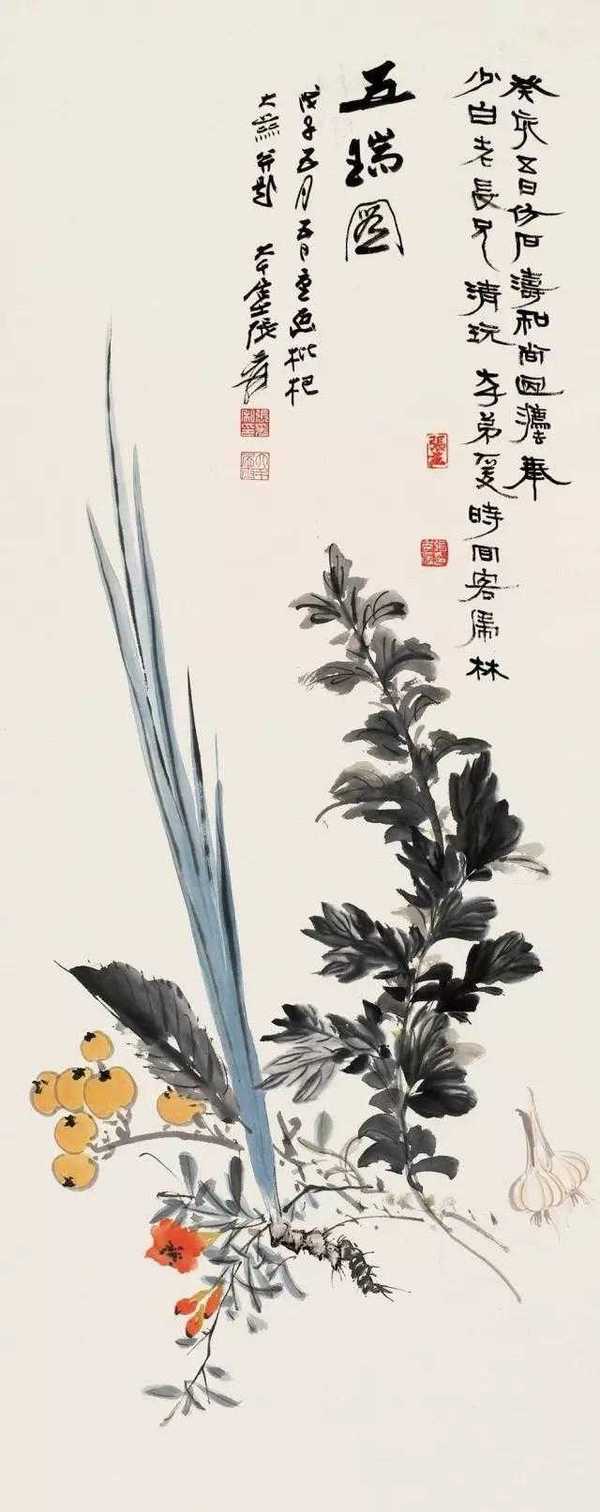
宫衣亦有名，端午被恩荣。